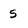
Character: 5